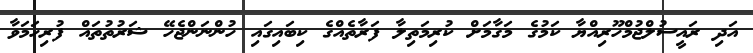
އަދި ރައީސުލްޖުމްހޫރިއްޔާ ކަމުގެ މަގާމަށް ކުރިމަތިލާ ފަރާތެއްގެ ކިބައިގައި ހުންނަންޖެހޭ ޝަރުތުތައް ފުރިހަމަވާ